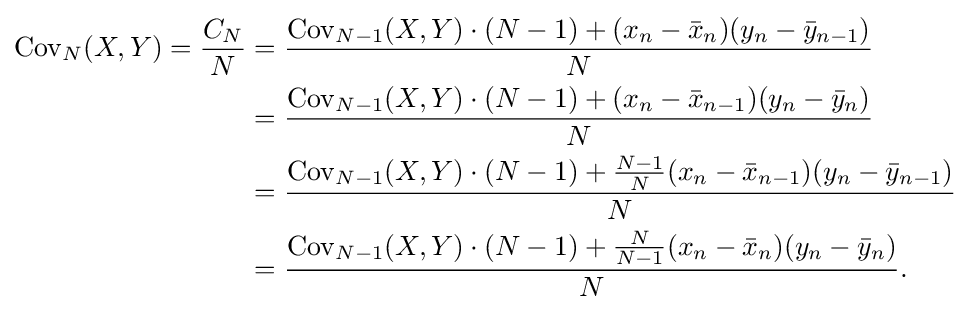
{\begin{aligned}\operatorname {Cov} _{N}(X,Y)={\frac {C_{N}}{N}}&={\frac {\operatorname {Cov} _{N-1}(X,Y)\cdot (N-1)+(x_{n}-{\bar {x}}_{n})(y_{n}-{\bar {y}}_{n-1})}{N}}\\&={\frac {\operatorname {Cov} _{N-1}(X,Y)\cdot (N-1)+(x_{n}-{\bar {x}}_{n-1})(y_{n}-{\bar {y}}_{n})}{N}}\\&={\frac {\operatorname {Cov} _{N-1}(X,Y)\cdot (N-1)+{\frac {N-1}{N}}(x_{n}-{\bar {x}}_{n-1})(y_{n}-{\bar {y}}_{n-1})}{N}}\\&={\frac {\operatorname {Cov} _{N-1}(X,Y)\cdot (N-1)+{\frac {N}{N-1}}(x_{n}-{\bar {x}}_{n})(y_{n}-{\bar {y}}_{n})}{N}}.\end{aligned}}